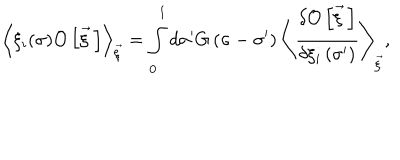
LaTeX: \left< \xi _ { i } ( \sigma ) { \cal O } \left[ \vec { \xi } { \, } \right] \right> _ { \vec { \xi } } = \int _ { 0 } ^ { 1 } d \sigma ^ { \prime } G \left( \sigma - \sigma ^ { \prime } \right) \left< \frac { \delta { \cal O } \left[ \vec { \xi } { \, } \right] } { \delta \xi _ { i } \left( \sigma ^ { \prime } \right) } \right> _ { \vec { \xi } } ,